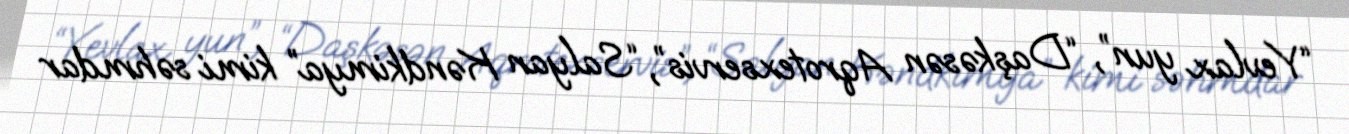
“Yevlax yun”, “Daşkəsən Aqrotexservis”, “Salyan Kəndkimya” kimi səhmdar